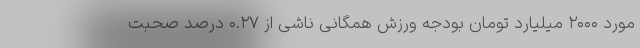
مورد ۲۰۰۰ میلیارد تومان بودجه ورزش همگانی ناشی از ۰.۲۷ درصد صحبت